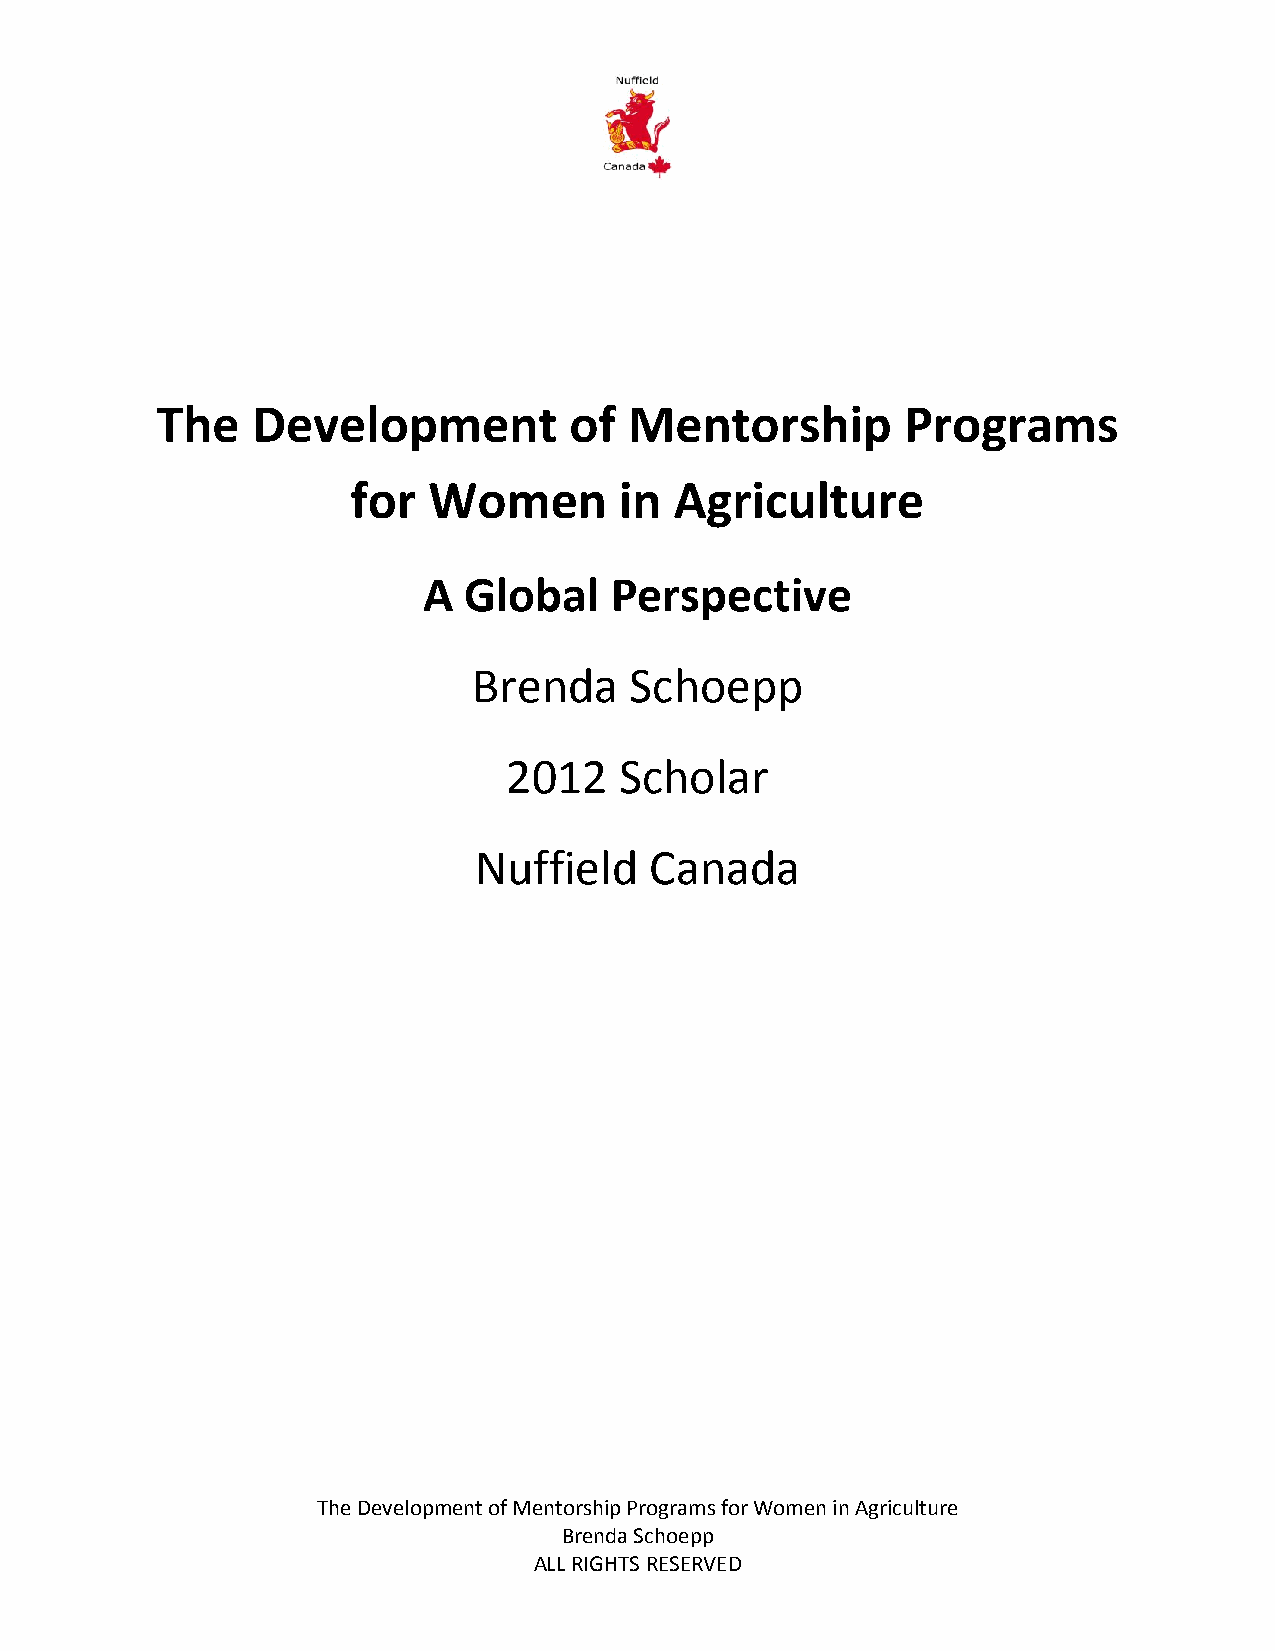
The    Development          of  Mentorship        Programs
 for  Women        in  Agriculture
 A  Global   Perspective
 Brenda     Schoepp
 2012   Scholar
 Nuffield    Canada
 The Development of Mentorship Programs for Women in Agriculture
 Brenda Schoepp
 ALL RIGHTS RESERVED